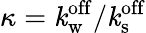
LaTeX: \kappa=\mathit{k}_{\mathrm{{w}}}^{\mathrm{{off}}}/\mathit{k}_{\mathrm{{s}}}^{\mathrm{{off}}}